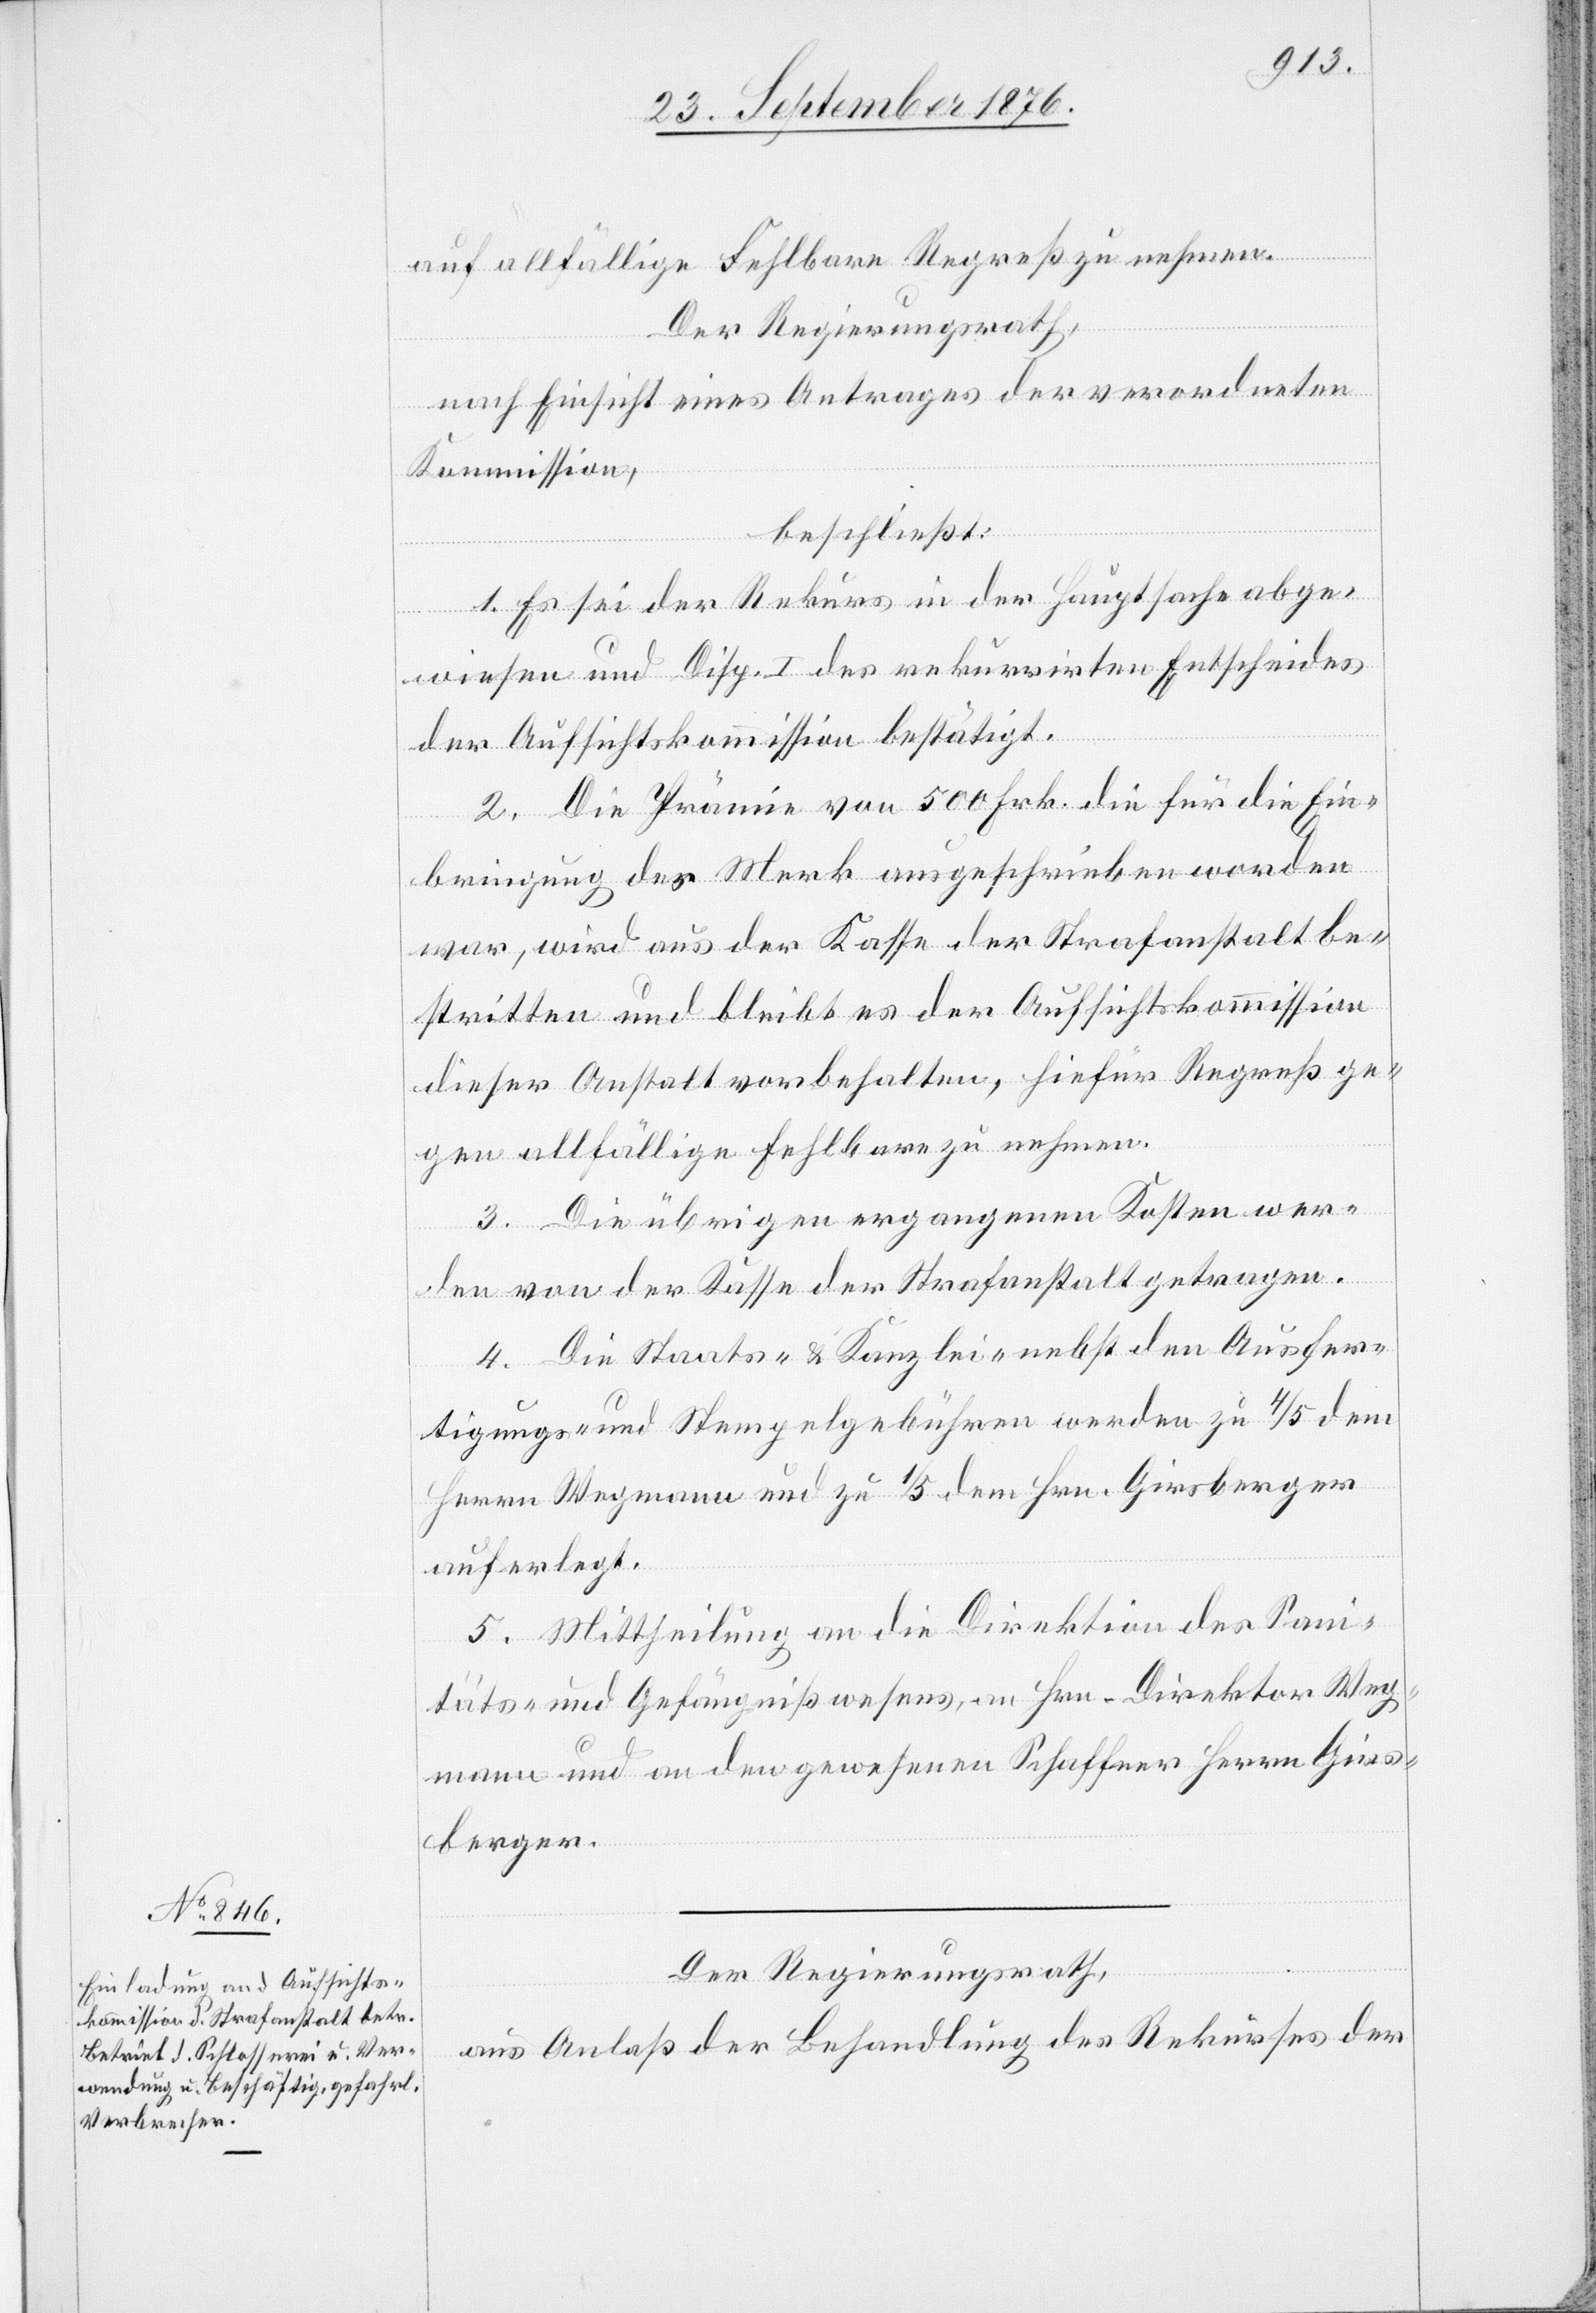
auf allfällige Fehlbare Regreß zu nehmen.
Der Regierungsrath,
nach Einsicht eines Antrages der verordneten
Kommission,
beschließt:
1. Es sei der Rekurs in der Hauptsache abge¬
wiesen und Disp. I des rekurrirten Entscheides
der Aufsichtskommission bestätigt.
2. Die Prämie von 500 Frk. die für die Ein¬
bringung des Merk ausgeschrieben worden
war, wird aus der Kasse der Strafanstalt be¬
stritten und bleibt es der Aufsichtskommission
dieser Anstalt vorbehalten, hiefür Regreß ge¬
gen allfällige Fehlbare zu nehmen.
3. Die übrigen ergangenen Kosten wer¬
den von der Kasse der Strafanstalt getragen.
4. Die Staats- & Kanzlei- nebst den Ausfer¬
tigungs- und Stempelgebühren werden zu 4/5 dem
Herrn Wegmann und zu 1/5 dem Hrn. Girsberger
auferlegt.
5. Mittheilung an die Direktion des Sani¬
täts- und Gefängnißwesens, an Hrn. Direktor Weg¬
mann und an den gewesenen Schaffner Herr Girs¬
berger.
Der Regierungsrath,
aus Anlaß der Behandlung des Rekurses der